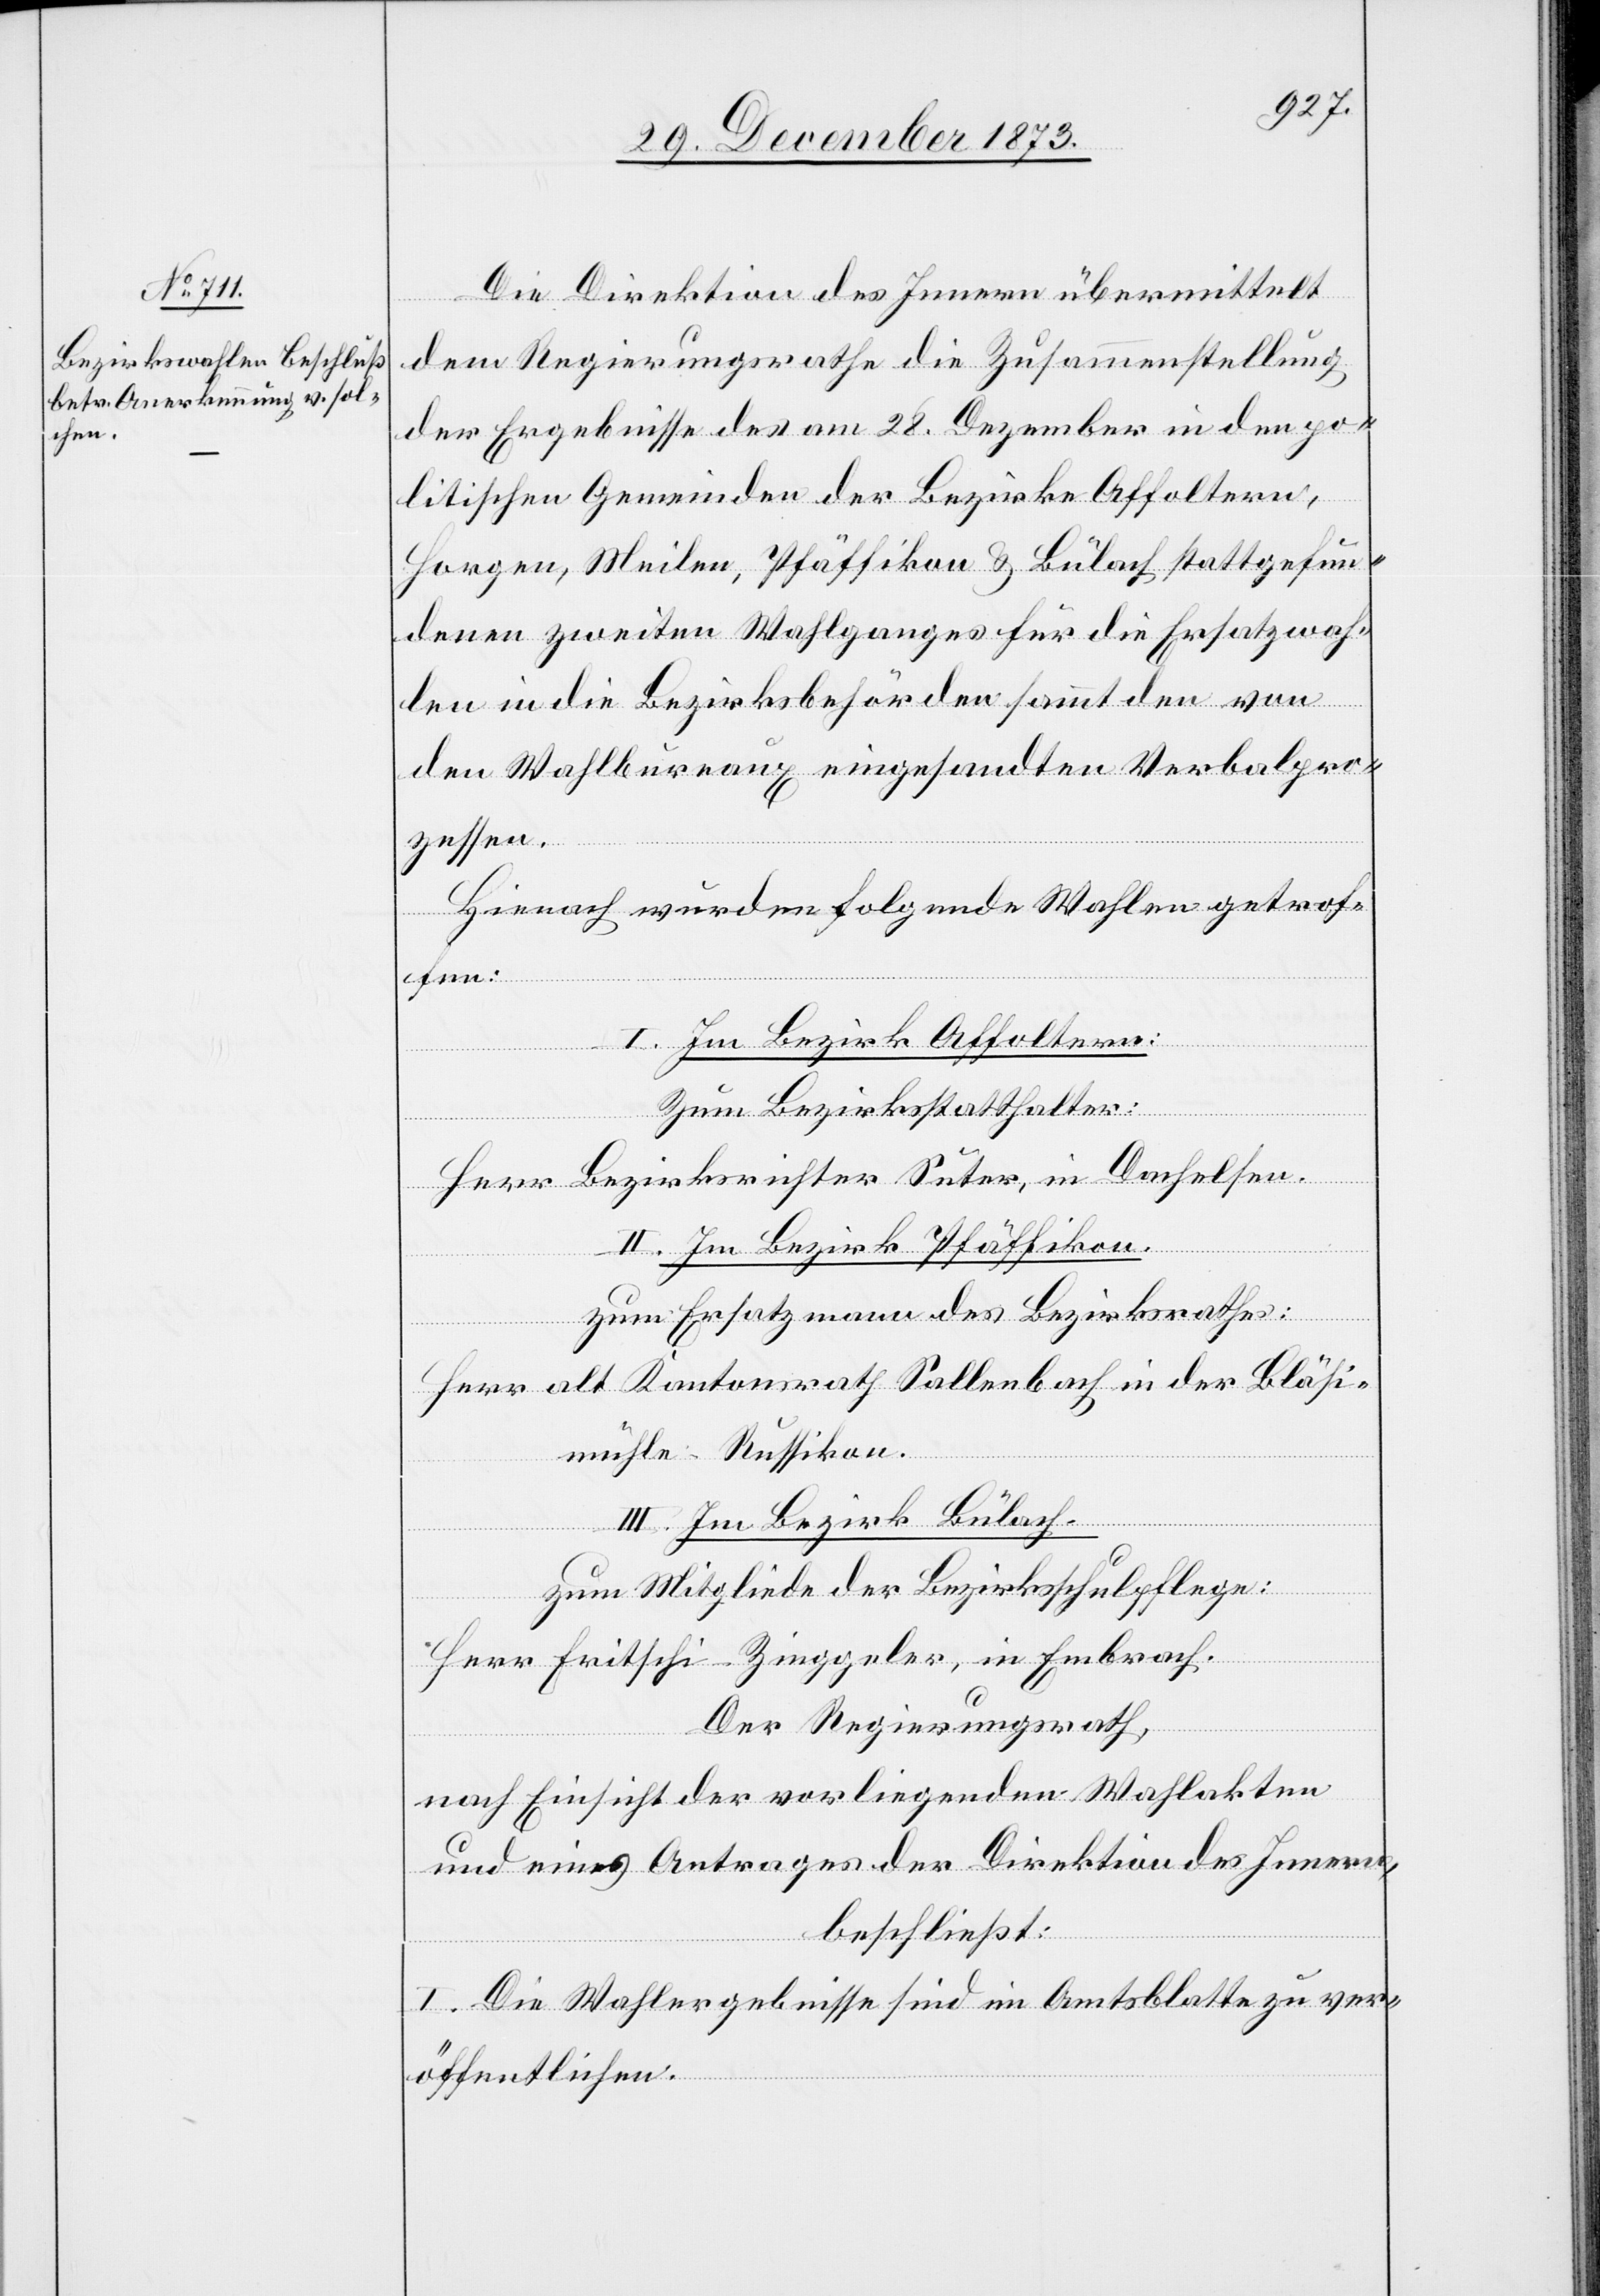
31. December 1873.]
Die Direktion des Innern übermittelt
dem Regierungsrathe die Zusammenstellung
der Ergebnisse des am 28. Dezember in den po¬
litischen Gemeinden der Bezirke Affoltern,
Horgen, Meilen, Pfäffikon & Bülach stattgefun¬
denen zweiten Wahlganges für die Ersatzwah¬
len in die Bezirksbehörden sammt den von
den Wahlbureaux eingesandten Verbalpro¬
zessen.
Hienach wurden folgende Wahlen getrof¬
fen:
I. Im Bezirk Affoltern:
Zum Bezirksstatthalter:
Herr Bezirksrichter Suter, in Dachelsen.
II. Im Bezirk Pfäffikon.
zum Ersatzmann des Bezirksrathes:
Herr alt Kantonsrath Sallenbach in der Bläsi¬
mühle - Russikon.
III. Im Bezirk Bülach.
zum Mitgliede der Bezirksschulpflege:
Herr Fritschi-Zinggeler, in Embrach.
Der Regierungsrath,
nach Einsicht der vorliegenden Wahlakten
und eines Antrages der Direktion des Innern,
beschließt:
I. Die Wahlergebnisse sind im Amtsblatte zu ver¬
öffentlichen.